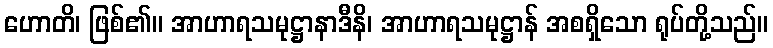
ဟောတိ၊ ဖြစ်၏။ အာဟာရသမုဋ္ဌာနာဒီနိ၊ အာဟာရသမုဋ္ဌာန် အစရှိသော ရုပ်တို့သည်။